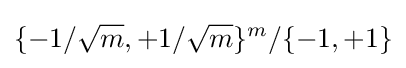
\{-1/{\sqrt {m}},+1/{\sqrt {m}}\}^{m}/\{-1,+1\}